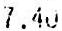
7.40